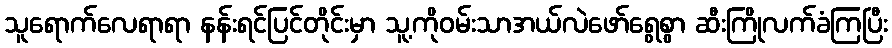
သူရောက်လေရာရာ နန်းရင်ပြင်တိုင်းမှာ သူ့ကိုဝမ်းသာအယ်လဲဖော်ရွေစွာ ဆီးကြိုလက်ခံကြပြီး